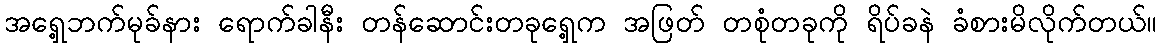
အရှေ့ဘက်မုခ်နား ရောက်ခါနီး တန်ဆောင်းတခုရှေ့က အဖြတ် တစုံတခုကို ရိပ်ခနဲ ခံစားမိလိုက်တယ်။